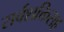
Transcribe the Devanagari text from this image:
सर्वशक्तिसह